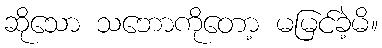
ဆိုသော သဘောကိုတော့ မမြင်ခဲ့မိ။